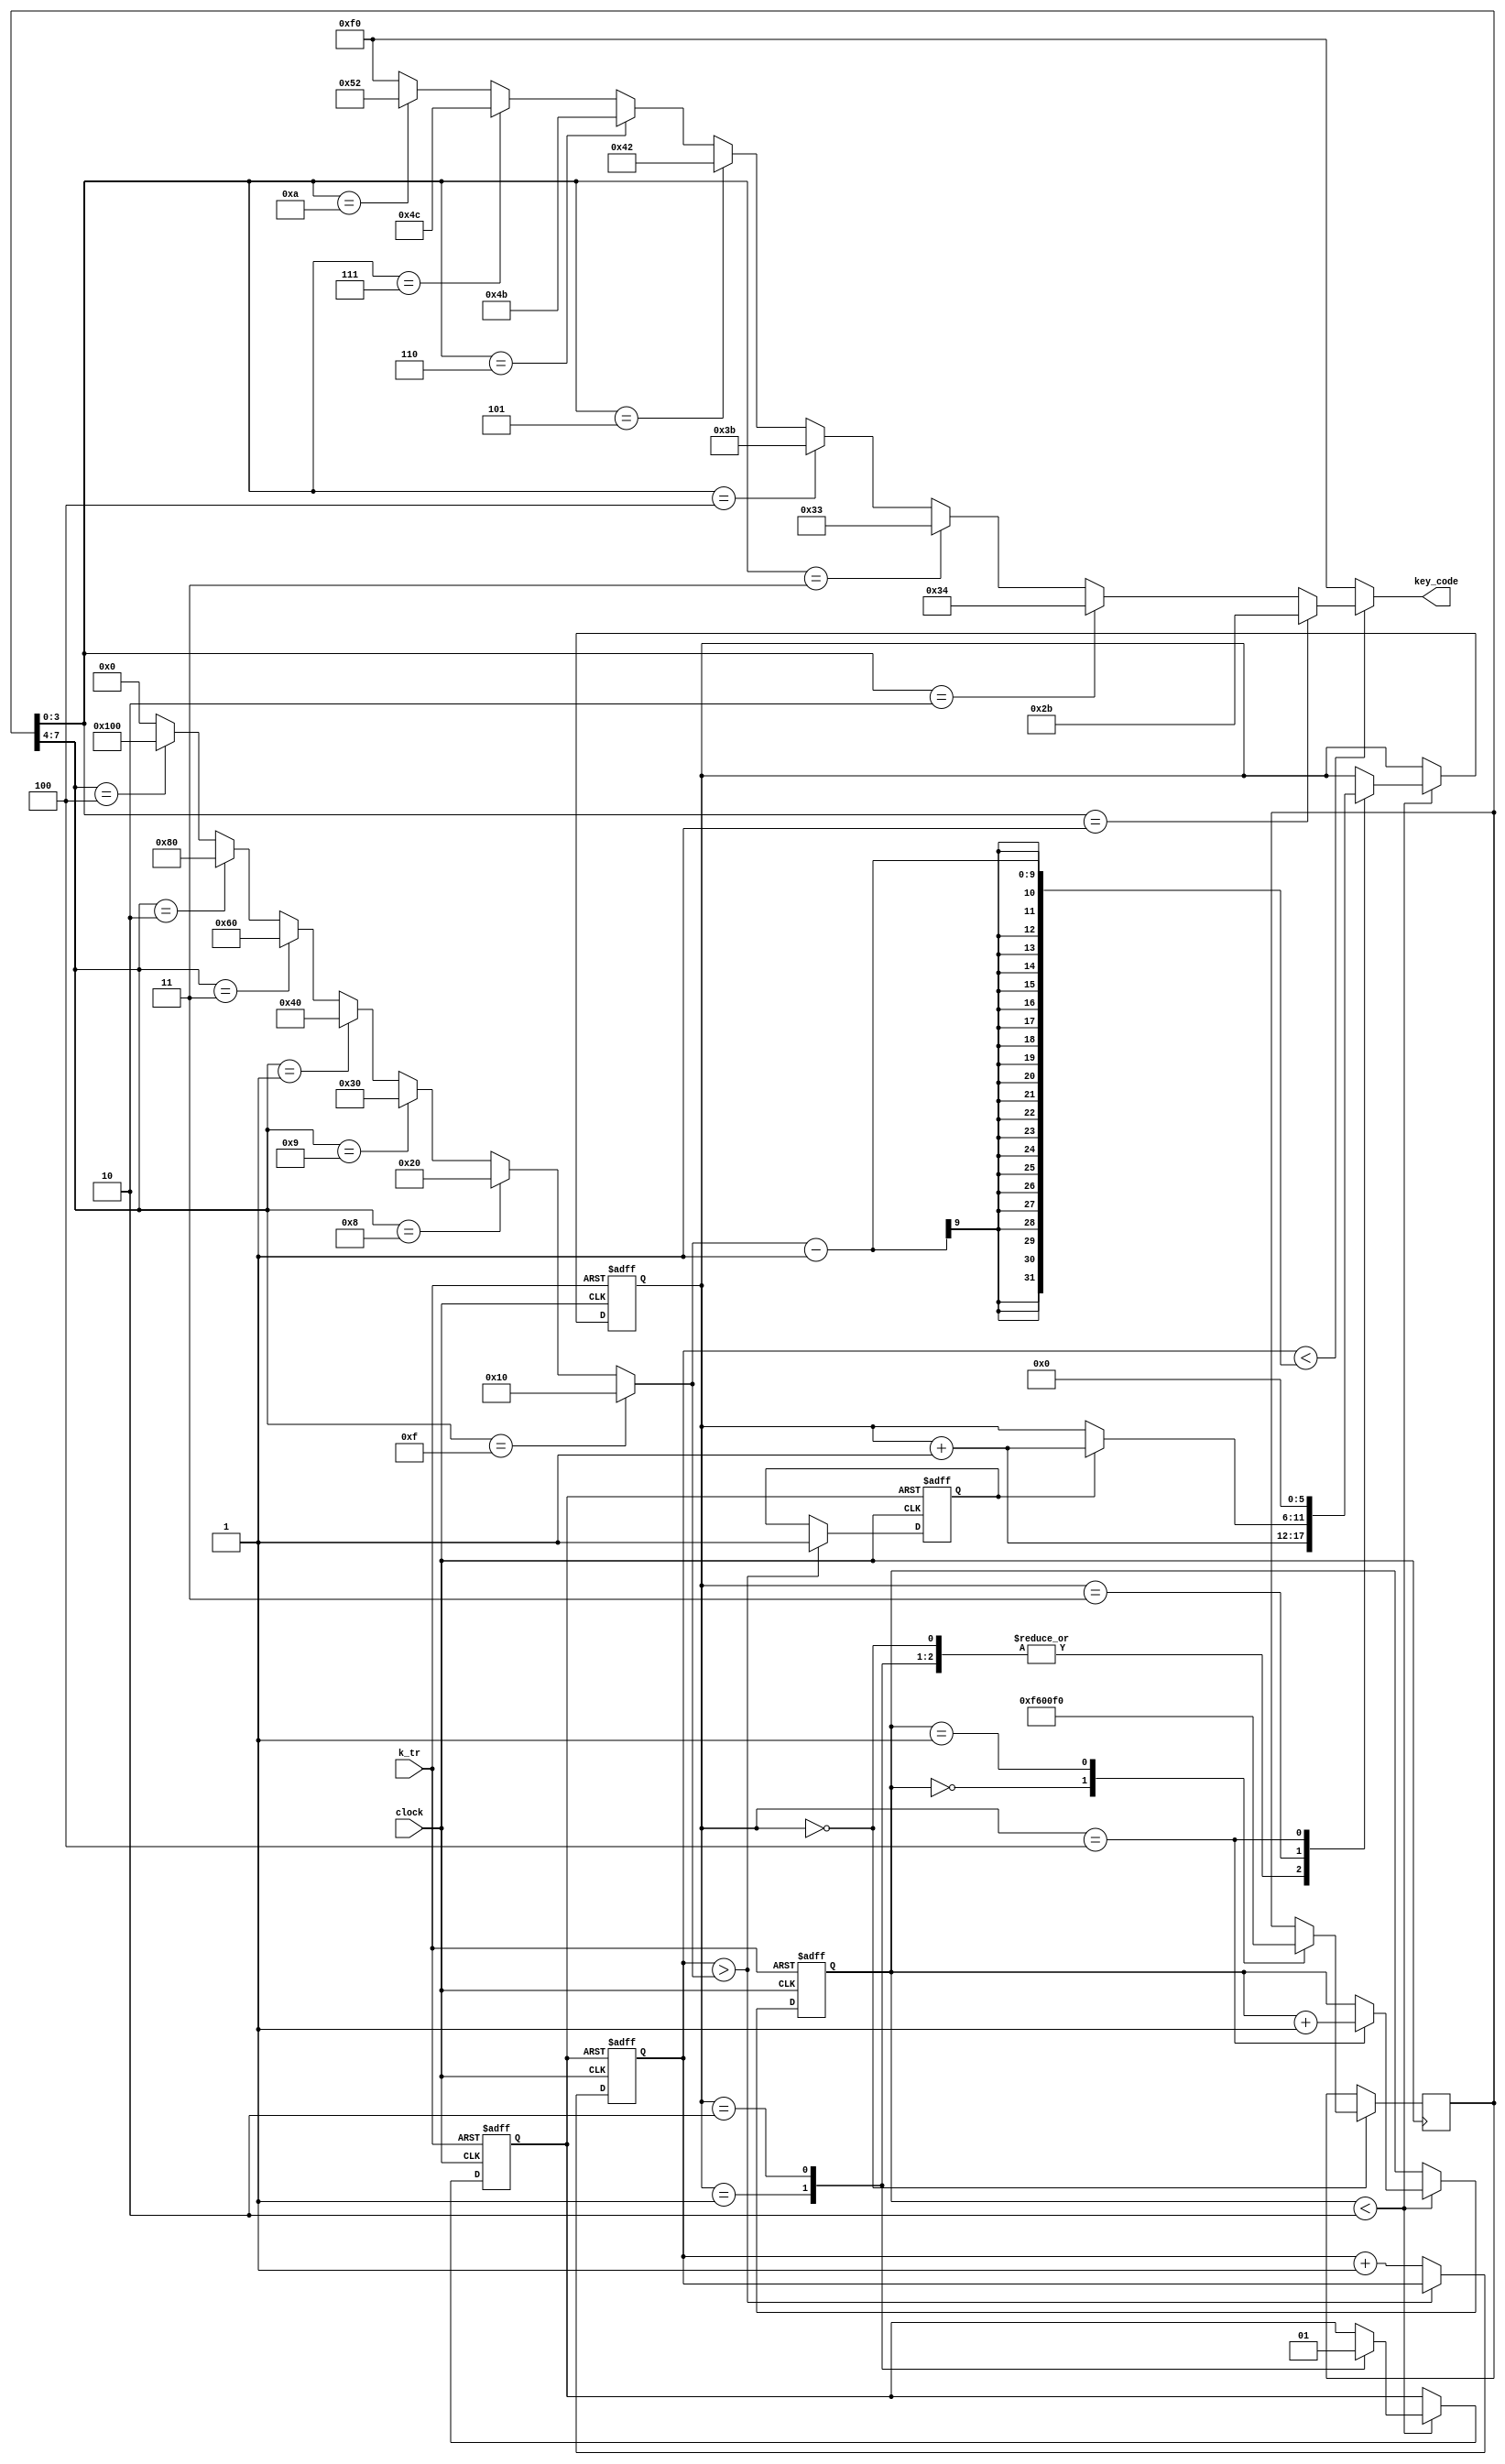
module demo_sound(
	input clock,
	input k_tr,
	
	output [7:0] key_code
);

	reg [15:0] tmp;
	wire [15:0] tmpa;
	reg tr;
	reg [15:0] step;
	wire [15:0] step_r;
	reg [15:0] TT;
	reg [5:0] st;
	reg go_end;

	always @(negedge k_tr or posedge clock) begin
		if (!k_tr) begin
			step = 0;
			st = 0;
			tr = 0;
		end else if (step < step_r) begin
			case (st)
				0: st = st + 1;
				1: begin
					tr = 0;
					st = st + 1;
				end
				2: begin
					tr = 1;
					st = st + 1;
				end
				3: begin
					if (go_end)
						st = st + 1;
				end
				4: begin
					st = 0;
					step = step + 1;
				end
			endcase
		end
	end

	wire [7:0] key_code1 = (
		(TT[3:0] == 1) ? 8'h2b : (
		(TT[3:0] == 2) ? 8'h34 : ( // 2
		(TT[3:0] == 3) ? 8'h33 : ( // 3
		(TT[3:0] == 4) ? 8'h3b : ( // 4
		(TT[3:0] == 5) ? 8'h42 : ( // 5
		(TT[3:0] == 6) ? 8'h4b : ( // 6
		(TT[3:0] == 7) ? 8'h4c : ( // 7
		(TT[3:0] == 10) ? 8'h52 : ( // 1
		(TT[3:0] == 15) ? 8'hf0 : 8'hf0
		))))))))
	);

	assign tmpa[15:0] = (
		(TT[7:4] == 15) ? 16'h10: (
		(TT[7:4] == 8) ? 16'h20: (
		(TT[7:4] == 9) ? 16'h30: (
		(TT[7:4] == 1) ? 16'h40: (
		(TT[7:4] == 3) ? 16'h60: (
		(TT[7:4] == 2) ? 16'h80: (
		(TT[7:4] == 4) ? 16'h100: 0
		))))))
	);

	// Note list
	always @(posedge clock) begin
		if (st == 0)
			case (step)
				0: TT = 8'hf6;
				1: TT = 8'hf0; // TODO: add empty sound
			endcase
		end

	assign step_r = 2;

	// KEY release & code-out
	always @(negedge tr or posedge clock) begin
		if (!tr) begin
			tmp = 0;
			go_end = 0;
		end else if (tmp > tmpa) begin
			go_end = 1;
		end else begin
			tmp = tmp + 1;
		end
	end

	assign key_code = (tmp < (tmpa - 1)) ? key_code1 : 8'hf0;

endmodule